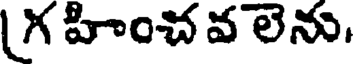
గ హించ వ లెను.